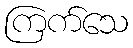
ကြက်သေ